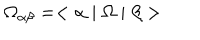
\Omega _ { \alpha \beta } = < \alpha \mid \Omega \mid \beta >